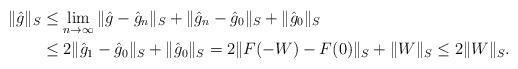
LaTeX: \begin{align*}\|\hat g\|_S &\leq \lim_{n\to\infty} \|\hat g - \hat g_n\|_S + \|\hat g_n - \hat g_0\|_S+\|\hat g_0\|_S\\& \leq 2\|\hat g_1 - \hat g_0\|_S + \|\hat g_0\|_S = 2\| F(-W) - F(0)\|_S + \|W\|_S \leq 2\|W\|_S.\end{align*}